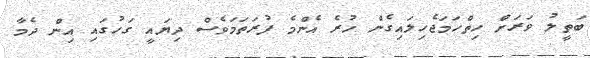
ބަތީލު ވަރަށް ހިތްހަމަޖެހިލައިގެން ހުރެ އެންމެ ފުރަތަމަވެސް ދިޔައީ ގަހުގައި އިން ދެމާ